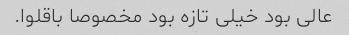
عالی بود خیلی تازه بود مخصوصا باقلوا.